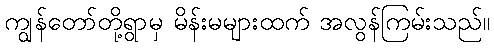
ကျွန်တော်တို့ရွာမှ မိန်းမများထက် အလွန်ကြမ်းသည်။